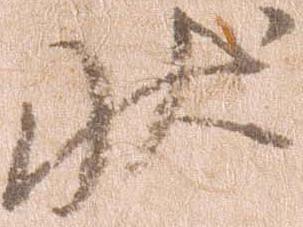
状